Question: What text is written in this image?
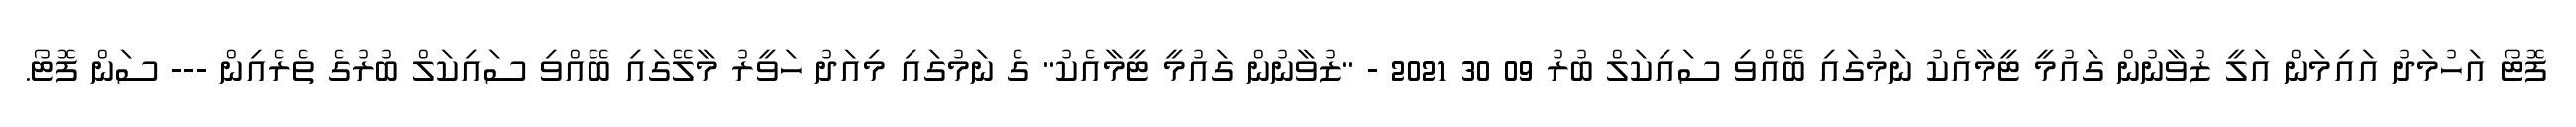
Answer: ފޮޓޯ އަހުމަދު އައިމަން އަލީ ޒުވާނުން ގައުމީ ޓީމާއެކު ނަމުގައި ބޭއްވި ސައިކަލް ބުރު 09 30 2021 - "ޒުވާނުން ގައުމީ ޓީމާއެކު" ގެ ނަމުގައި މިއަދު ހަވީރު މާލޭގައި ބޭއްވި ސައިކަލް ބުރުގެ ތެރެއިން --- ސަން ފޮޓޯ.